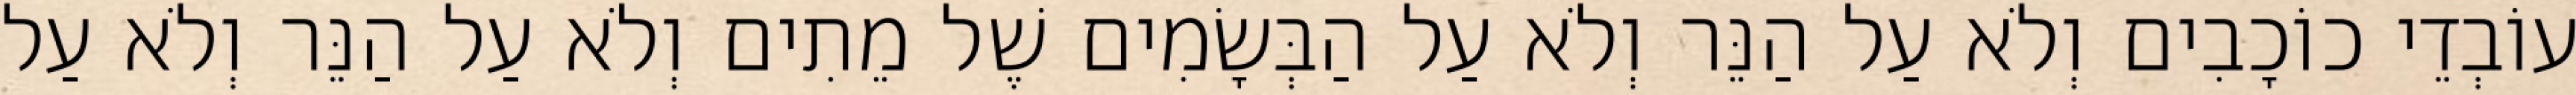
עוֹבְדֵי כוֹכָבִים וְלֹא עַל הַנֵּר וְלֹא עַל הַבְּשָׂמִים שֶׁל מֵתִים וְלֹא עַל הַנֵּר וְלֹא עַל